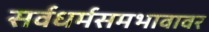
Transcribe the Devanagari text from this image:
सर्वधर्मसमभावावर